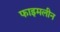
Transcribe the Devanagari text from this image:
फाइमलीन